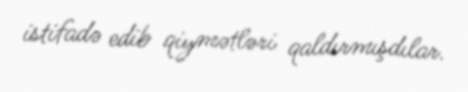
istifadə edib qiymətləri qaldırmışdılar.